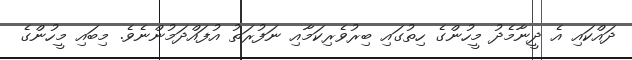
ދައްކައި އެ ދީނާމެދު މީހުންގެ ހިތުގައި ބިރުވެރިކަމާއި ނަފުރަތު އުފައްދަމުންނެވެ. މިބައި މީހުންގެ